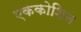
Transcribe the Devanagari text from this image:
एककोशिन